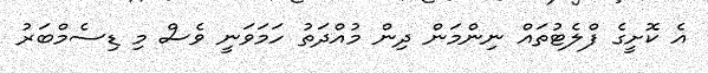
އެ ކޮށީގެ ފްލެޓުތައް ނިންމަން ދިން މުއްދަތު ހަމަވަނީ ވެސް މި ޑިސެމްބަރު